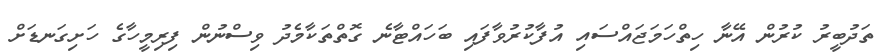
ތަދުބީރު ކުރުން އޭނާ ހިތްހަމަޖައްސައި އުފާކުރުވާފައި ބަހައްޓާނެ ގޮތްތަކާމެދު ވިސްނުން ފިރިމީހާގެ ހަށިގަނޑަށް